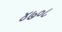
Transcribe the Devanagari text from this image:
४७०८